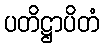
ပတိဋ္ဌာပိတံ